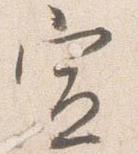
宣